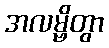
အလမ္ဗိတွာ